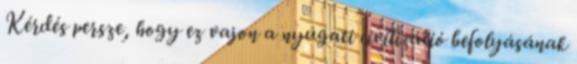
Kérdés persze, hogy ez vajon a nyugati civilizáció befolyásának